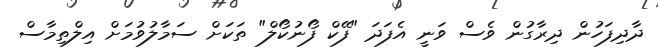
ދާދިފަހުން ދިރާގުން ވެސް ވަނީ އެފަދަ "ފޭކް ފޯނުކޯލް" ތަކަށް ސަމާލުވުމަށް އިލްތިމާސް